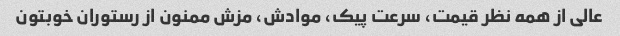
عالی از همه نظر قیمت، سرعت پیک، موادش، مزش ممنون از رستوران خوبتون